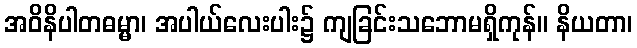
အဝိနိပါတဓမ္မာ၊ အပါယ်လေးပါး၌ ကျခြင်းသဘောမရှိကုန်။ နိယတာ၊